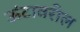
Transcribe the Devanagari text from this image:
ऊंटावरील